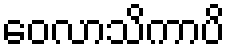
ဝေလာသိကာပိ